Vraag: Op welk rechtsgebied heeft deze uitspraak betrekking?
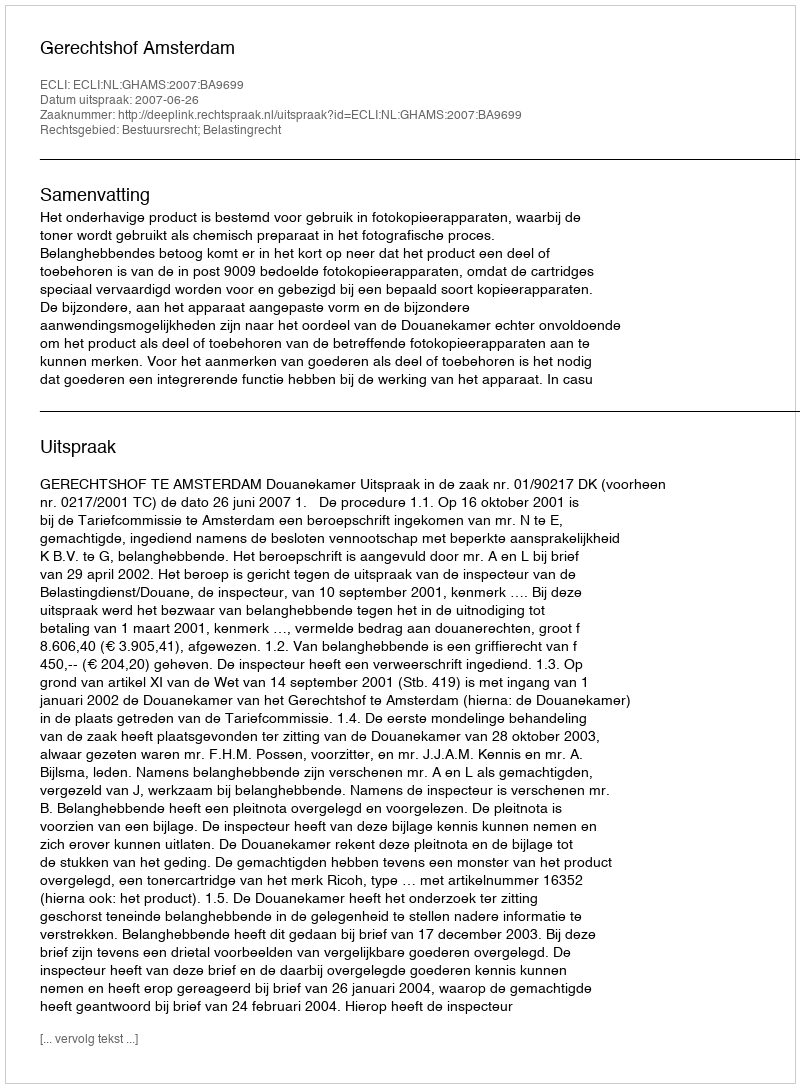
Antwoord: Bestuursrecht; Belastingrecht